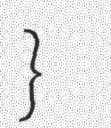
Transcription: }